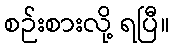
စဉ်းစားလို့ ရပြီ။